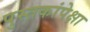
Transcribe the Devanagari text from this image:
पुस्तकांपेक्षा